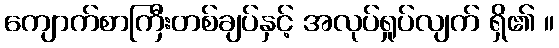
ကျောက်စာကြီးတစ်ချပ်နှင့် အလုပ်ရှုပ်လျက် ရှိ၏ ။